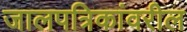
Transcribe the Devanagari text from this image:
जालपत्रिकांवरील